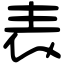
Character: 表